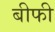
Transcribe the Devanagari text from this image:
बीफी